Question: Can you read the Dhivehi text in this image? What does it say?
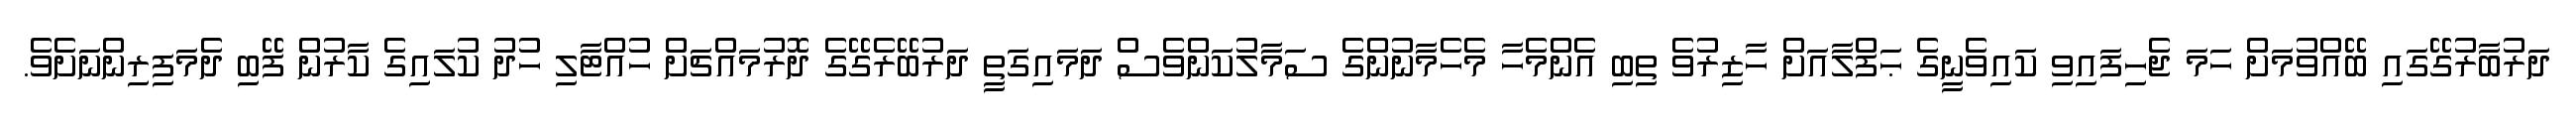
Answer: ދަރުބާރުގޭގައި ބޭއްވުމަށް ހަމަ ޖެހިފައިވި ކައިވެނީގެ ޙަފްލާއަށް ހާޒިރުވެ ތިބި އެންމެހާ މެހެމާނުންގެ ސަމާލުކަންވެސް ދަމައިގަތީ ދަރުބޭރެގޭގެ ދޮރުމައްޗަށް ހުއްޓާލި ހުދު ކުލައިގެ ކާރުން ފޭބި ދެމަފިރިންނަށެވެ.